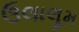
ઉલાલૂમ